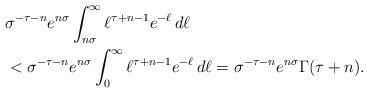
LaTeX: \begin{align*}&\sigma^{-\tau - n} e^{n\sigma}\int_{n\sigma}^\infty \ell^{\tau +n -1}e^{-\ell}\,d\ell\\& < \sigma^{-\tau - n} e^{n\sigma} \int_0^\infty \ell^{\tau +n -1}e^{-\ell}\,d\ell = \sigma^{-\tau - n} e^{n\sigma} \Gamma (\tau + n).\end{align*}